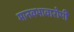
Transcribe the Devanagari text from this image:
मानवभावारोपी